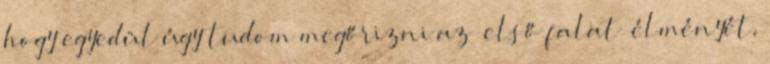
hogy egyedül úgy tudom megőrizni az „első falat” élményét,